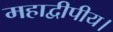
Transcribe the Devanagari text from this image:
महाद्वीपीय।